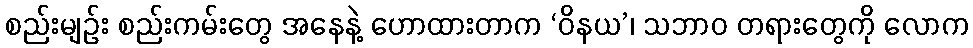
စည်းမျဉ်း စည်းကမ်းတွေ အနေနဲ့ ဟောထားတာက ‘ဝိနယ’၊ သဘာဝ တရားတွေကို လောက